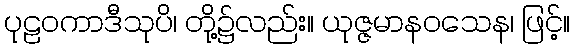
ပုဠဝကာဒီသုပိ၊ တို့၌လည်း။ ယုဇ္ဇမာနဝသေန၊ ဖြင့်။